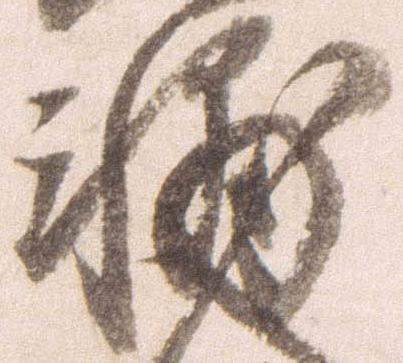
輔